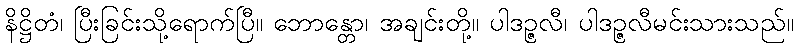
နိဋ္ဌိတံ၊ ပြီးခြင်းသို့ရောက်ပြီ။ ဘောန္တော၊ အချင်းတို့။ ပါဒဉ္ဇလီ၊ ပါဒဉ္ဇလီမင်းသားသည်။